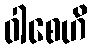
ဝါစေဟိ